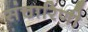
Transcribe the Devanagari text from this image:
संचारिणी